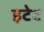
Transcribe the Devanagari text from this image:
इटेट